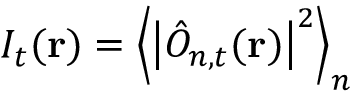
I _ { t } ( \mathbf { r } ) = \left\langle \left| \hat { O } _ { n , t } ( \mathbf { r } ) \right| ^ { 2 } \right\rangle _ { n }